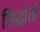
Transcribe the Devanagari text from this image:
सिंद्धांतों